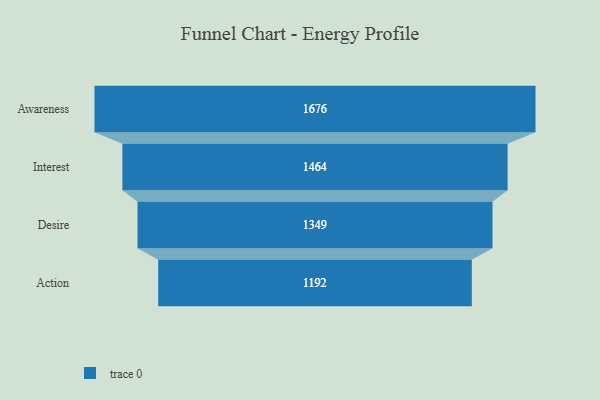
{"axis": {"x": "Stage", "y": "Value"}, "legend": [""], "data": [{"x": "Awareness", "y": 1676.0, "type": ""}, {"x": "Interest", "y": 1464.0, "type": ""}, {"x": "Desire", "y": 1349.0, "type": ""}, {"x": "Action", "y": 1192.0, "type": ""}]}